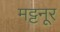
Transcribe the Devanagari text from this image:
मट्टनूर